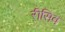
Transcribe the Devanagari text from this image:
रीसिव